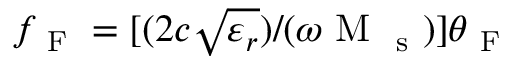
f _ { \mathrm { ~ F ~ } } = [ ( 2 c \sqrt { \varepsilon _ { r } } ) / ( \omega \mathrm { ~ M ~ } _ { \mathrm { ~ s ~ } } ) ] \theta _ { \mathrm { ~ F ~ } }